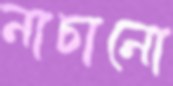
নাচানো